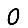
Digit: 0